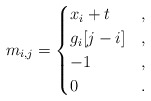
\begin{gather*}m_{i,j}=\begin{cases}x_i+t & , \\g_i[j-i]& , \\-1& , \\0 & .\end{cases}\end{gather*}